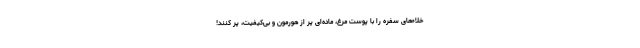
خلاءهای سفره را با پوست مرغ، ماده‌ای پر از هورمون و بی‌کیفیت، پر کنند!